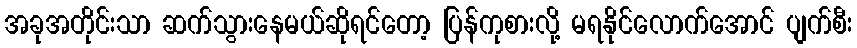
အခုအတိုင်းသာ ဆက်သွားနေမယ်ဆိုရင်တော့ ပြန်ကုစားလို့ မရနိုင်လောက်အောင် ပျက်စီး